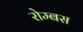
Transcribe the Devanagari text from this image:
रोम्बस